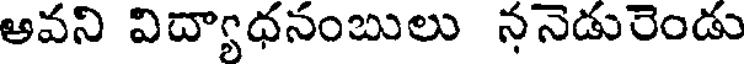
అవని విద్యాధనంబులు ననెడురెండు